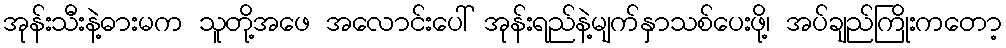
အုန်းသီးနဲ့ဓားမက သူတို့အဖေ အလောင်းပေါ် အုန်းရည်နဲ့မျက်နှာသစ်ပေးဖို့၊ အပ်ချည်ကြိုးကတော့